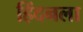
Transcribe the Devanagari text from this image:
हिंदनला